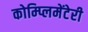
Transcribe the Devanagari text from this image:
कोम्प्लिमेंटेरी